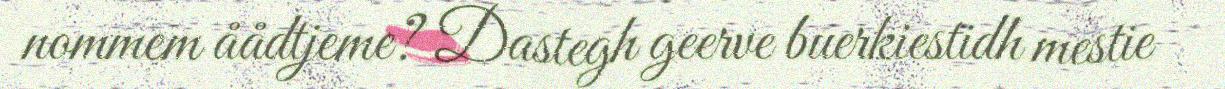
nommem åådtjeme? Dastegh geerve buerkiestidh mestie